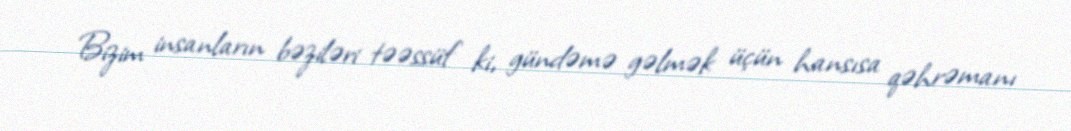
Bizim insanların bəziləri təəssüf ki, gündəmə gəlmək üçün hansısa qəhrəmanı